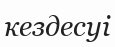
кездесуі